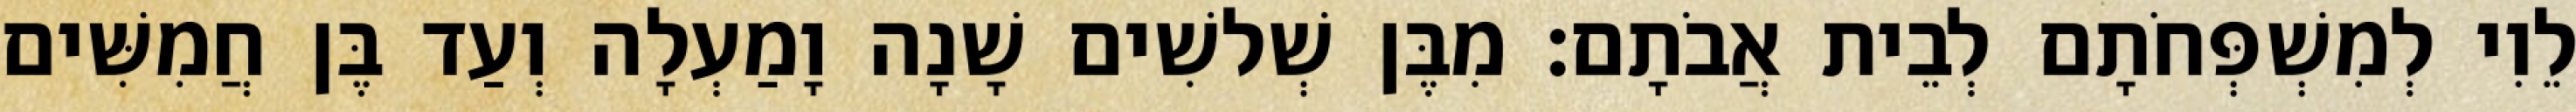
לֵוִי לְמִשְׁפְּחֹתָם לְבֵית אֲבֹתָם׃ מִבֶּן שְׁלשִׁים שָׁנָה וָמַעְלָה וְעַד בֶּן חֲמִשִּׁים